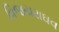
વિજયરાઘવ